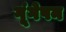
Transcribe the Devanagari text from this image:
गूंगेपन